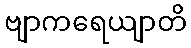
ဗျာကရေယျာတိ